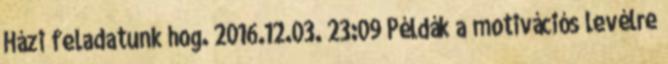
Házi feladatunk hog. 2016.12.03. 23:09 Példák a motivációs levélre